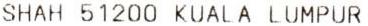
SHAH 51200 KUALA LUMPUR